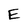
Character: E